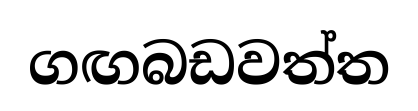
ගඟබඩවත්ත